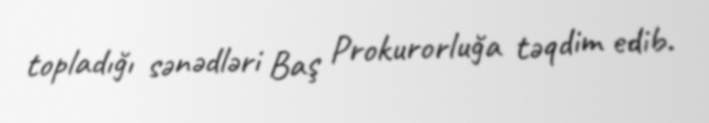
topladığı sənədləri Baş Prokurorluğa təqdim edib.